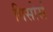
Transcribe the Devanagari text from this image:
गिसोर्स